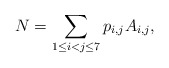
\begin{align*}N=\sum_{1\leq i<j\leq 7} p_{i,j} A_{i,j},\end{align*}